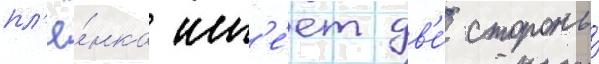
пл'ё́нка им'е́ет дв'е́ стороны́